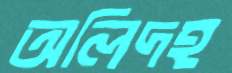
অলিদহ